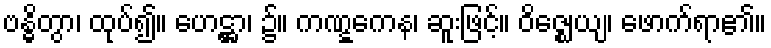
ဗန္ဓိတွာ၊ ထုပ်၍။ ဟေဋ္ဌာ၊ ၌။ ကဏ္ဋကေန၊ ဆူးဖြင့်။ ဝိဇ္ဈေယျ၊ ဖောက်ရာ၏။